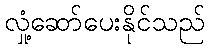
လှုံ့ဆော်ပေးနိုင်သည်